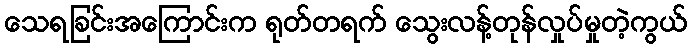
သေရခြင်းအကြောင်းက ရုတ်တရက် သွေးလန့်တုန်လှုပ်မှုတဲ့ကွယ်